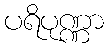
ပရိပုဏ္ဏာ